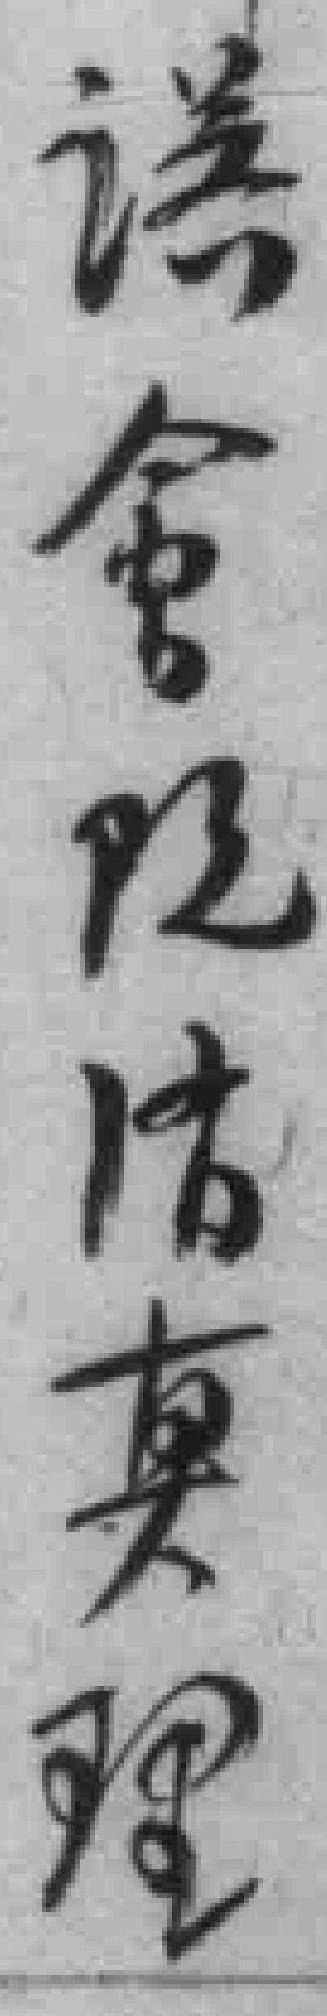
误會既清真理